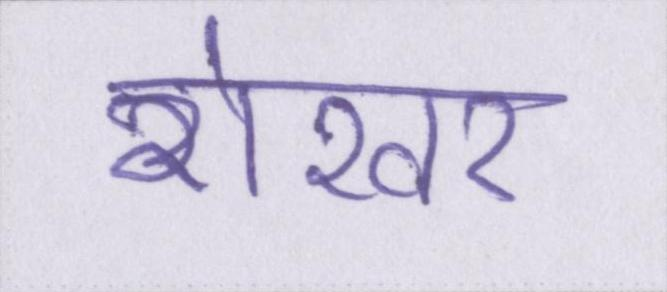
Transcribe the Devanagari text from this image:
शेखर